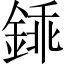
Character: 𨧰